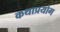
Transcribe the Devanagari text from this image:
कथाप्रयोग